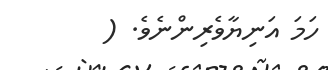
ހަމަ އަނިޔާވެރިންނެވެ. (